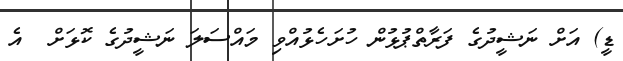
ޑީ) އަށް ނަޝީދުގެ ފަރާތްޕުޅުން ހުށަހެޅުއްވި މައްސަލަ ނަޝީދުގެ ކޮޅަށް  އެ